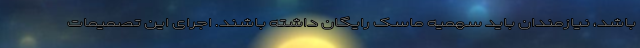
باشد، نیازمندان باید سهمیه ماسک رایگان داشته باشند. اجرای این تصمیمات